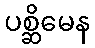
ပစ္ဆိမေန